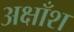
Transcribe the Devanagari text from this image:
अक्षाँश